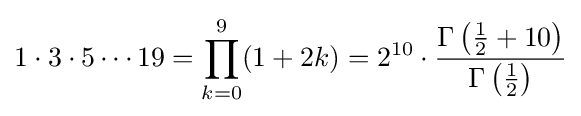
1\cdot 3\cdot 5\cdots 19=\prod _{k=0}^{9}(1+2k)=2^{10}\cdot {\frac {\Gamma \left({\frac {1}{2}}+10\right)}{\Gamma \left({\frac {1}{2}}\right)}}